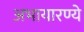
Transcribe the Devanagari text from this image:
अभायारण्ये